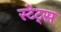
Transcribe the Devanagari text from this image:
स्टेट्‍स